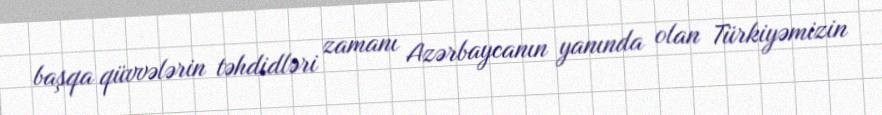
başqa qüvvələrin təhdidləri zamanı Azərbaycanın yanında olan Türkiyəmizin